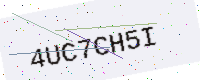
Text: 4UC7CH5I